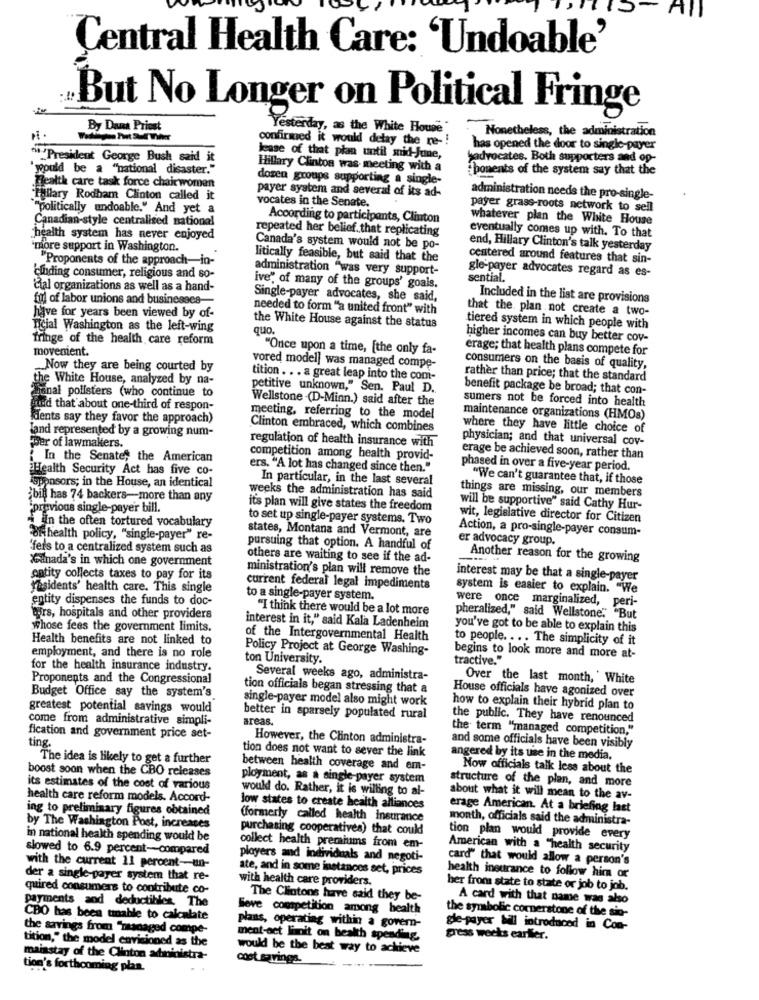
Central Health Care: 'Undoable'
But No Longer on Political Fringe
By Dana Priest
Yesterday, as the White House
Nonetheless, the administration
confirmed it would delay the re -!
has opened the door to single-payer
H /President George Bush said it
lease of that plan until mid-June,
badvocates. Both supporters and op-
yoould be a "national disaster.
Hillary Clinton was meeting with a
ponents of the system say that the
dozen groups supporting a single-
Health care task force chairwoman
payer system and several of its ad-
Fullary Rodham Clinton called it
vocates in the Senate.
administration needs the pro-single-
"politically andoable." And yet a
payer grass-roots network to sell
Canadian-style centralised national
According to participants, Clinton
whatever plan the White House
repeated her belief. that replicating
health system has never enjoyed
eventually comes up with. To that
'more support in Washington.
Canada's system would not be po-
end, Hillary Clinton's talk yesterday
"Proponents of the approach-in-
litically feasible, but said that the
centered around features that sin-
administration "was very support-
gle-payer advocates regard as es-
'einding consumer, religious and so-
sential.
'Cial organizations as well as a hand-
ive", of many of the groups' goals.
fil of labor unions and businesses-
Single-payer advocates, she said,
Included in the list are provisions
needed to form "a united front" with
that the plan not create a two-
have for years been viewed by of-
ncial Washington as the left-wing
the White House against the status
quo.
tiered system in which people with
fringe of the health care reform
higher incomes can buy better cov-
movenient.
"Once upon a time, [the only fa-
erage; that health plans compete for
.Now they are being courted by
vored model] was managed compe-
consumers on the basis of quality,
the White House, analyzed by na-
tition . .. a great leap into the com-
rather than price; that the standard
Sanal pollsters (who continue to
petitive unknown," Sen. Paul D ..
benefit package be broad; that con-
Wellstone -(D-Minn.) said after the
sumers not be forced into health
Find that about one-third of respon-
dents say they favor the approach)
meeting, referring to the model
maintenance organizations (HMOs)
Jand represented by a growing num-
Clinton embraced, which combines
where they have little choice of
physician; and that universal cov-
per of lawmakers.
regulation of health insurance with
In the Senate, the American
competition among health provid-
erage be achieved soon, rather than
Health Security Act has five co-
ers. "A lot has changed since then."
phased in over a five-year period.
Sponsors; in the House, an identical
In particular, in the last several
"We can't guarantee that, if those
things are missing, our members
¿bil has 74 backers-more than any
weeks the administration has said
'previous single-payer bill.
it's plan will give states the freedom
will be supportive" said Cathy Hur-
to set up single-payer systems. Two
wit, legislative director for Citizen
- in the often tortured vocabulary
states, Montana and Vermont, are
Action, a pro-single-payer consum-
of health policy, "single-payer" re-
er advocacy group.
"fers to a centralized system such as
pursuing that option. A handful of
XGinada's in which one government
others are waiting to see if the ad-
Another reason for the growing
ministration's plan will remove the
entity collects taxes to pay for its
interest may be that a single-payer
"asidents' health care. This single
current federal legal impediments
system is easier to explain. "We
entity dispenses the funds to doc-
to a single-payer system.
"I think there would be a lot more
were once marginalized, peri-
tours, hospitals and other providers
pheralized," said Wellstone." "But
whose fees the government limits.
interest in it," said Kala Ladenheim
you've got to be able to explain this
Health benefits are not linked to
of the Intergovernmental Health
to people. ... The simplicity of it
Policy Project at George Washing-
employment, and there is no role
ton University.
begins to look more and more at-
tractive."
for the health insurance industry.
Proponents and the Congressional
Several weeks ago, administra-
Over the last month, White
tion officials began stressing that a
House officials have agonized over
Budget Office say the system's
single-payer model also might work
greatest potential savings would
how to explain their hybrid plan to
come from administrative simpli-
better in sparsely populated rural
areas.
the public. They have renounced
the term "managed competition,"
fication and government price set-
However, the Clinton administra-
ting
tion does not want to sever the link
and some officials have been visibly
The idea is likely to get a further
angered by its use in the media.
boost soon when the CBO releases
between health coverage and em-
Now officials talk less about the
ployment, as a single-payer system
structure of the plan, and more
its estimates of the cost of various
would do. Rather, it is willing to al-
health care reform models. Accord-
about what it will mean to the av-
ing to preliminary figures obtained
low states to create health alliances
erage American. At a briefing last
(formerly called health insurance
month, officials said the administra-
by The Washington Post, increases
purchasing cooperatives) that could
in national health spending would be
tion plan would provide every
slowed to 6.9 percent-compared
collect health premiums from em-
American with a "health security
players and individuals and negoti-
card" that would allow a person's
with the current 11 percent-un-
ate, and in some instances set, prices
der a single-payer system that re-
with health care providers.
health insurance to follow him or
quired consumers to contribute co-
her from state to state or job to job.
The Clintons have said they be-
A card with that name was also
payments and deductibles. The
Seve competition among health
CBO has been unable to calculate
the symbolic cornerstone of the sin-
the savings from "managed compe-
plans, operating within a govern-
gle-payer bill introduced in Con-
tition," the model envisioned as the
ment-oct limit on health spending.
gress weeks earlier.
would be the best way to achieve
mainstay of the Clinton administra-
cost savings.
tion's forthcoming plan.